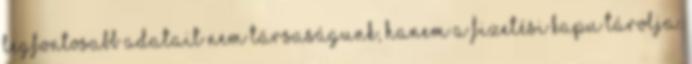
legfontosabb adatait nem társaságunk, hanem a fizetési kapu tárolja.